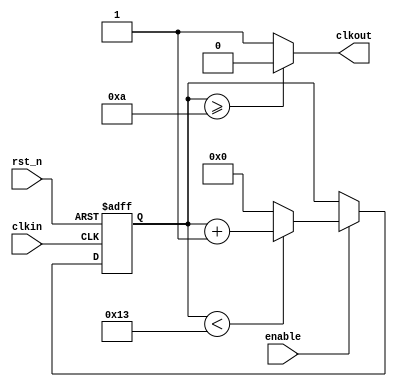
`timescale 1ns / 1ps

module cdiv(
    input clkin,
    input rst_n,
    input enable,
    output clkout
    );
    
    parameter DIVBY = 16'd20;
    reg[15:0] count;
    
    always@(posedge clkin or negedge rst_n) begin
        if(!rst_n) count <= 0;
        else begin
            if(enable) begin
                if(count < DIVBY-1) count <= count + 1;
                else count <= 0;
            end
        end
    end
    
    assign clkout = count>=(DIVBY>>1)? 0 : 1;
    
endmodule